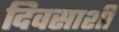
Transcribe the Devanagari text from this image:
दिवसाशी